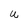
Character: U